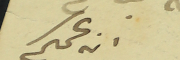
ابن عمكم